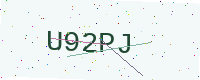
Text: U92PJ